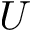
U